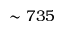
\sim 7 3 5